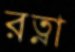
রত্না